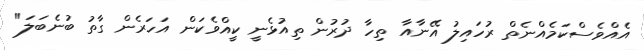
އެއްވެސްކަމެއްނެތް ރުހައިލު އޭނާއާ ތިހާ ދުރުން ތިއުޅެނީ ކީއްވެކަން އަހަރެން ގާތު ބުނެބަލަ"